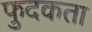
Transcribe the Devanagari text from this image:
फुदकता